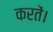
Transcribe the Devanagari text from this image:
करतें।